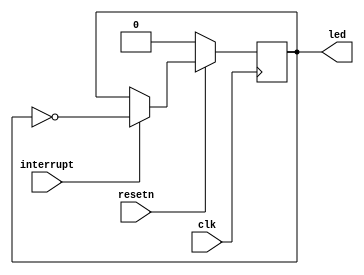
module led_driver
(
    input clk, resetn,

    input interrupt,

    output reg led
);

always @(posedge clk) begin
    if (resetn == 0)
        led <= 0;
    else begin
        if (interrupt) led <= ~led;
    end

end


endmodule